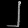
Digit: ၂